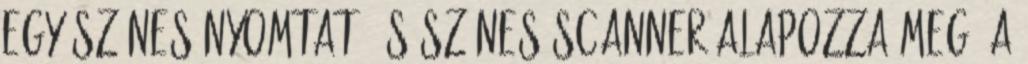
egy színes nyomtató és színes scanner alapozza meg. A